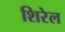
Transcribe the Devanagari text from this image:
शिरेल